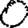
Digit: 0